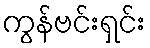
ကွန်ဗင်းရှင်း